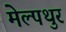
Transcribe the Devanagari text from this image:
मेल्पथुर